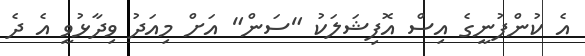
އެ ކުންފުނީގެ އިސް އޮފިޝަލަކު "ސަން" އަށް މިއަދު ވިދާޅުވީ އެ ދެ